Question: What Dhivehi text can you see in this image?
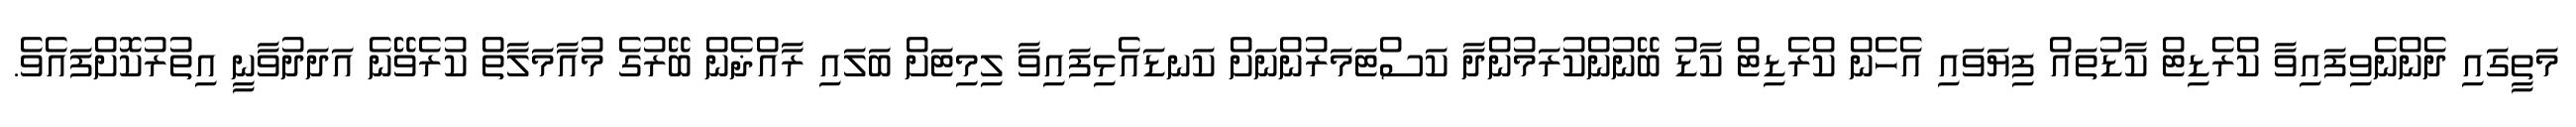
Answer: މަތީގައި ދެންނެވިފައިވާ ކްރެޑިޓް ކާޑުތައް ފިޔަވައި އެހެން ކްރެޑިޓް ކާޑު ބޭނުންކުރަމުންދާ ކަސްޓަމަރުންނަށް ކަނޑައެޅިފައިވާ ލިމިޓަށް ބަލައި ރާއްޛެން ބޭރުގެ މުއާމަލާތް ކުރެވޭނެ އަދަދުވާނީ އިތުރުކޮށްފައެވެ.